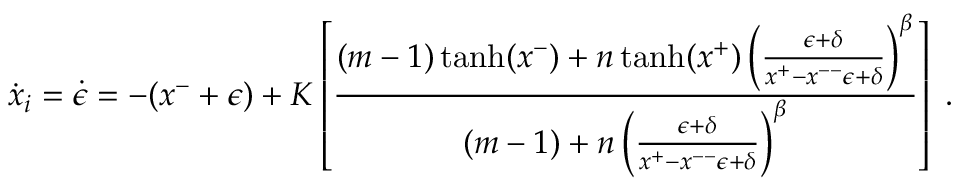
\dot { x } _ { i } = \dot { \epsilon } = - ( x ^ { - } + \epsilon ) + K \left[ \frac { ( m - 1 ) \operatorname { t a n h } ( x ^ { - } ) + n \operatorname { t a n h } ( x ^ { + } ) \left( \frac { \epsilon + \delta } { x ^ { + } - x ^ { -- } \epsilon + \delta } \right) ^ { \beta } } { ( m - 1 ) + n \left( \frac { \epsilon + \delta } { x ^ { + } - x ^ { -- } \epsilon + \delta } \right) ^ { \beta } } \right] \; .